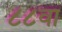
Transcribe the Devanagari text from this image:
८८वा